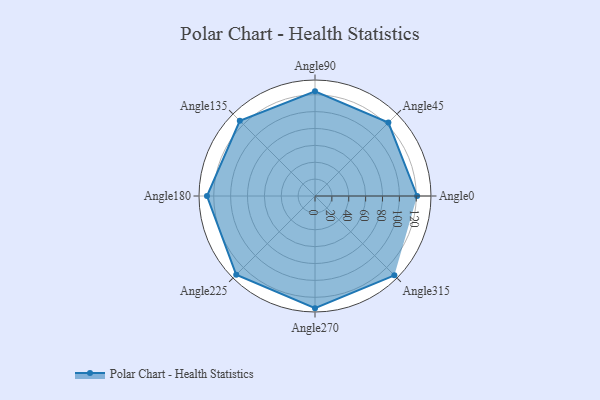
{"axis": {"x": "Angle", "y": "Radius"}, "legend": [""], "data": [{"x": "Angle0", "y": 121.0, "type": ""}, {"x": "Angle45", "y": 123.0, "type": ""}, {"x": "Angle90", "y": 124.0, "type": ""}, {"x": "Angle135", "y": 126.0, "type": ""}, {"x": "Angle180", "y": 128.0, "type": ""}, {"x": "Angle225", "y": 132.0, "type": ""}, {"x": "Angle270", "y": 133.0, "type": ""}, {"x": "Angle315", "y": 133.0, "type": ""}]}